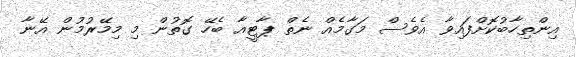
އިންތިހާބުކޮށްފައިވާ އެވެސް މަގާމެއް ނެތް ޕާޓީއާ ބެހޭ ގޮތުން މި މިމޭރުމުން އޭނާ